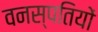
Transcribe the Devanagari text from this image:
वनस्‍पतियों